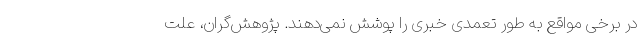
در برخی مواقع به طور تعمدی خبری را پوشش نمی‌دهند. پژوهش‌گران، علت